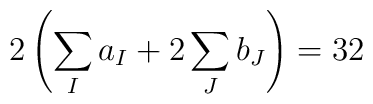
2\left (\sum_I a_I + 2 \sum_J b_J\right) = 32